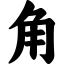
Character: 角